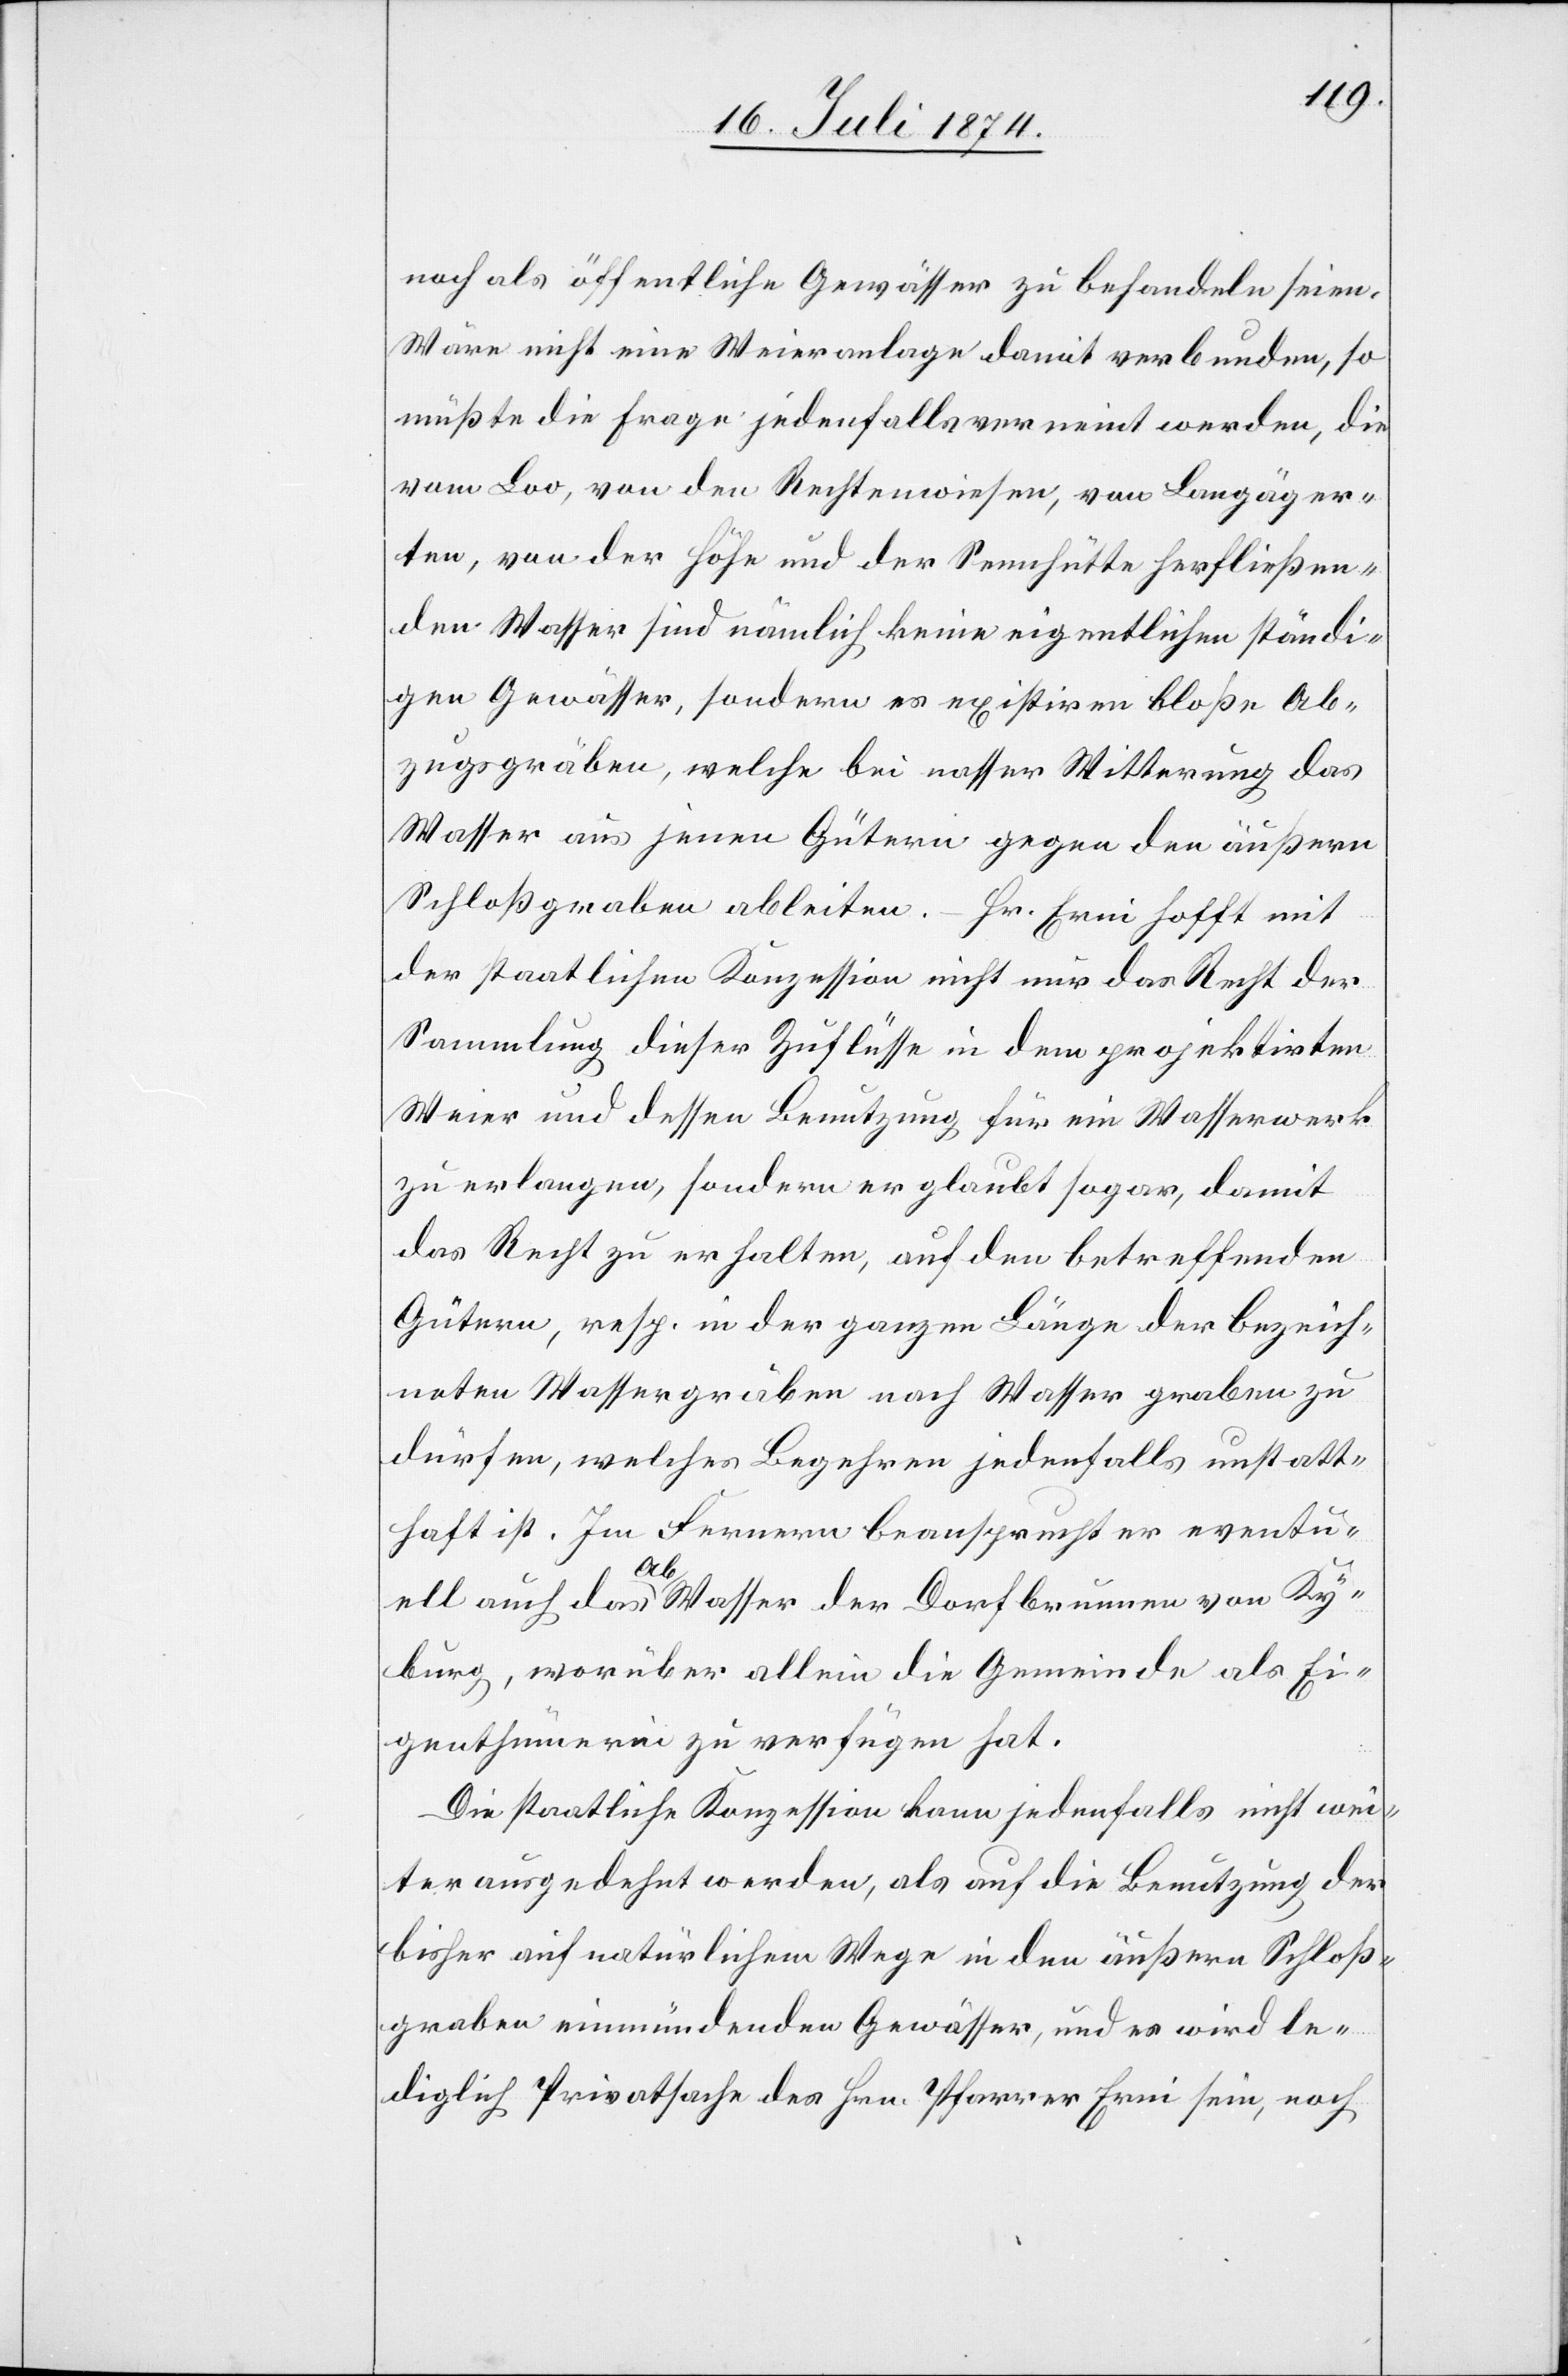
noch als öffentliche Gewässer zu behandeln seien.
Wäre nicht eine Weieranlage damit verbunden, so
müßte die Frage jedenfalls verneint werden, die
vom Loo, von den Rechtenwiesen, von Langäger¬
ten, von der Höhe und der Sennhütte herfließen¬
den Wasser sind nämlich keine eigentlichen ständi¬
gen Gewässer, sondern es existiren bloße Ab¬
zugsgräben, welche bei nasser Witterung das
Wasser aus jenen Gütern gegen den äußern
Schloßgraben ableiten. – Hr. Erni hofft mit
der staatlichen Konzession nicht nur das Recht der
Sammlung dieser Zuflüsse in dem projektirten
Weier und dessen Benutzung für ein Wasserwerk
zu erlangen, sondern er glaubt sogar, damit
das Recht zu erhalten, auf den betreffenden
Gütern, resp. in der ganzen Länge der bezeich¬
neten Wassergräben nach Wasser graben zu
dürfen, welches Begehren jedenfalls unstatt¬
haft ist. Im Fernern beansprucht er eventu¬
ell auch das Abwasser der Dorfbrunnen von Ky¬
burg, worüber allein die Gemeinde als Ei¬
genthümerin zu verfügen hat.
Die staatliche Konzession kann jedenfalls nicht wei¬
ter ausgedehnt werden, als auf die Benutzung der
bisher auf natürlichem Wege in den äußern Schloß¬
graben einmündenden Gewässer, und es wird le¬
diglich Privatsache des Hrn. Pfarrer Erni sein, noch